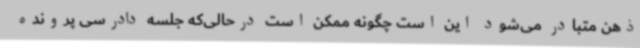
ذهن متبادر می‌شود این است چگونه ممکن است درحالی‌که جلسه دادرسی پرونده